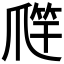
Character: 𱭁